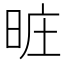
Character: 𣆮